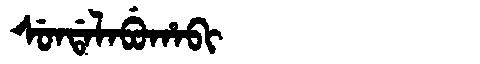
Manchu: ᠰᡠᠨᡩᠠᠯᠠᠪᡠᡥᠠᠪᡳ
Romanization: SUNDALABUHABI